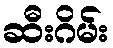
ဆီးဂိမ်း